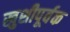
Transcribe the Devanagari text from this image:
खुशीपूर्वक